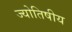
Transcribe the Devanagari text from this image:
ज्‍योतिषीय